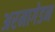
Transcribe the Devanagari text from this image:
अरमागेडन